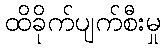
ထိခိုက်ပျက်စီးမှု